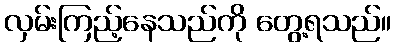
လှမ်းကြည့်နေသည်ကို တွေ့ရသည်။